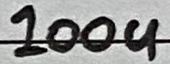
Text: 100u